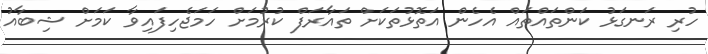
ހުރި ރަނގަޅު ކަންތައްތައް އެހެން އަތޮޅުތަކަށް ތައާރަފް ކުރުމަށް ހަމަޖެހިފައިވާ ކަމަށް ޝިބާއު